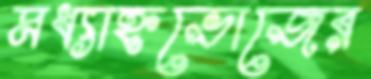
মধ্যাহ্নভোজের